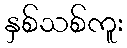
နှစ်သစ်ကူး